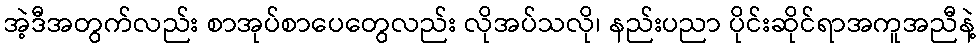
အဲ့ဒီအတွက်လည်း စာအုပ်စာပေတွေလည်း လိုအပ်သလို၊ နည်းပညာ ပိုင်းဆိုင်ရာအကူအညီနဲ့